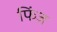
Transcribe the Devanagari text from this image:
फिंज